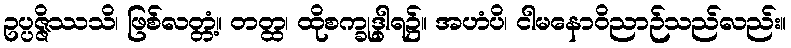
ဥပ္ပဇ္ဇိဿသိ၊ ဖြစ်လတ္တံ့။ တတ္ထ၊ ထိုစက္ခုဒွါရ၌။ အဟံပိ၊ ငါမနောဝိညာဉ်သည်လည်း။